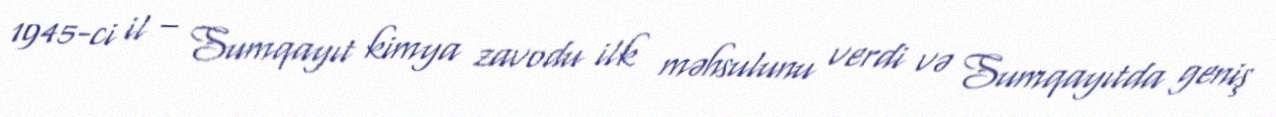
1945-ci il – Sumqayıt kimya zavodu ilk məhsulunu verdi və Sumqayıtda geniş